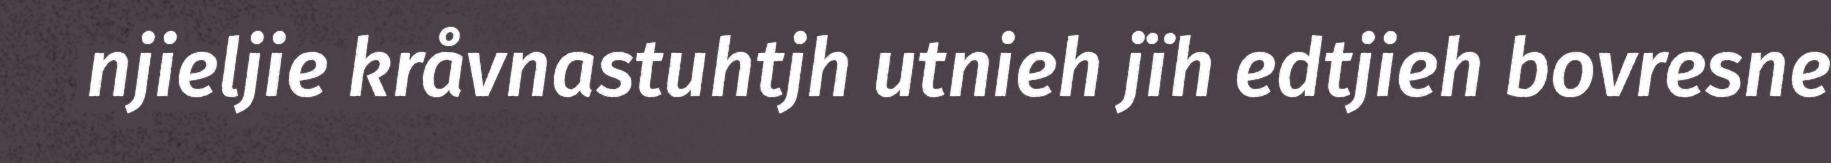
njieljie kråvnastuhtjh utnieh jïh edtjieh bovresne